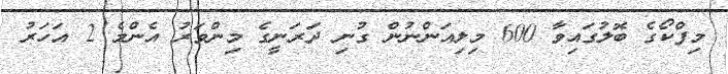
މިފްކޯގެ ބޮލުގައިވާ 600 މިލިއަންނުން ގުނި ދަރަނީގެ މިންވަރު އެންމެ 2 އަހަރު